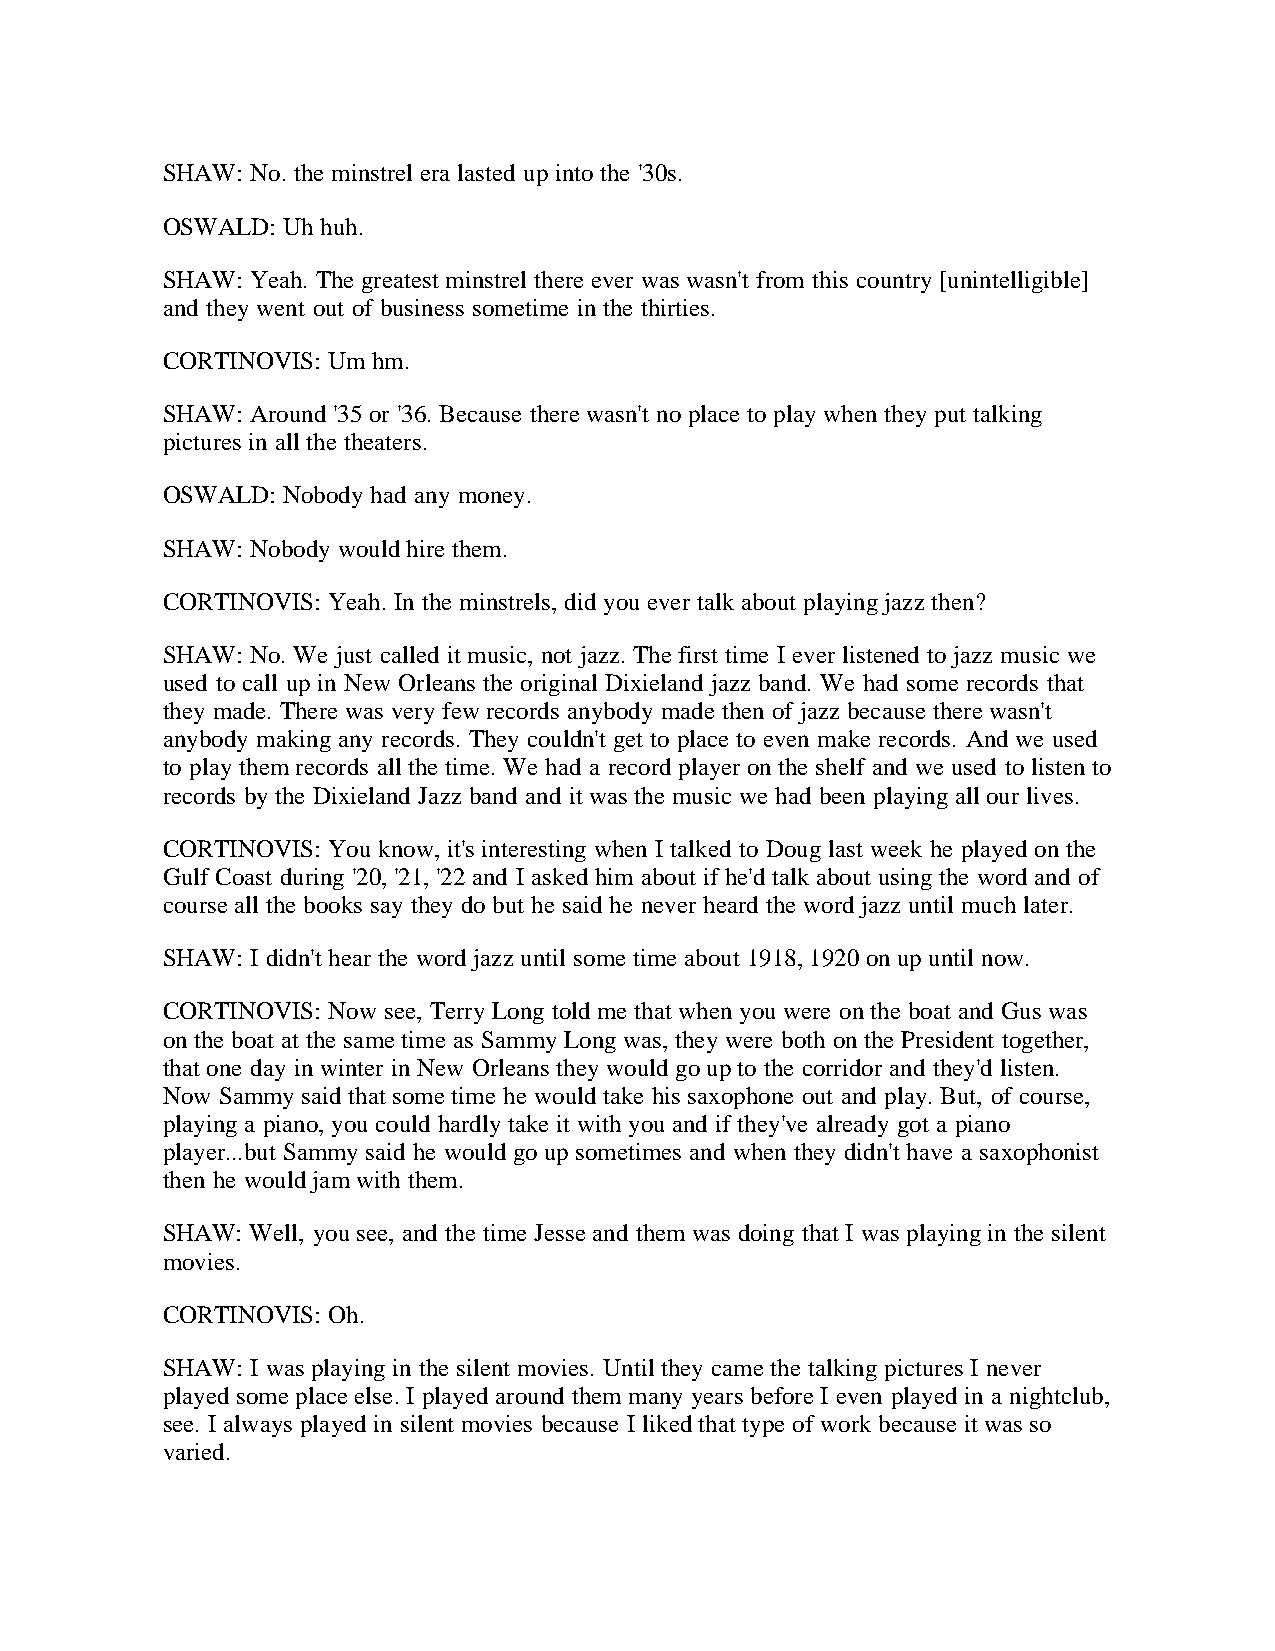
SHAW: No. the minstrel era lasted up into the '30s.
 OSWALD: Uh huh.
 SHAW: Yeah. The greatest minstrel there ever was wasn't from this country [unintelligible]
 and they went out of business sometime in the thirties.
 CORTINOVIS: Um hm.
 SHAW: Around '35 or '36. Because there wasn't no place to play when they put talking
 pictures in all the theaters.
 OSWALD: Nobody had any money.
 SHAW: Nobody would hire them.
 CORTINOVIS: Yeah. In the minstrels, did you ever talk about playing jazz then?
 SHAW: No. We just called it music, not jazz. The first time I ever listened to jazz music we
 used to call up in New Orleans the original Dixieland jazz band. We had some records that
 they made. There was very few records anybody made then of jazz because there wasn't
 anybody making any records. They couldn't get to place to even make records. And we used
 to play them records all the time. We had a record player on the shelf and we used to listen to
 records by the Dixieland Jazz band and it was the music we had been playing all our lives.
 CORTINOVIS: You know, it's interesting when I talked to Doug last week he played on the
 Gulf Coast during '20, '21, '22 and I asked him about if he'd talk about using the word and of
 course all the books say they do but he said he never heard the word jazz until much later.
 SHAW: I didn't hear the word jazz until some time about 1918, 1920 on up until now.
 CORTINOVIS: Now see, Terry Long told me that when you were on the boat and Gus was
 on the boat at the same time as Sammy Long was, they were both on the President together,
 that one day in winter in New Orleans they would go up to the corridor and they'd listen.
 Now Sammy said that some time he would take his saxophone out and play. But, of course,
 playing a piano, you could hardly take it with you and if they've already got a piano
 player...but Sammy said he would go up sometimes and when they didn't have a saxophonist
 then he would jam with them.
 SHAW: Well, you see, and the time Jesse and them was doing that I was playing in the silent
 movies.
 CORTINOVIS: Oh.
 SHAW: I was playing in the silent movies. Until they came the talking pictures I never
 played some place else. I played around them many years before I even played in a nightclub,
 see. I always played in silent movies because I liked that type of work because it was so
 varied.